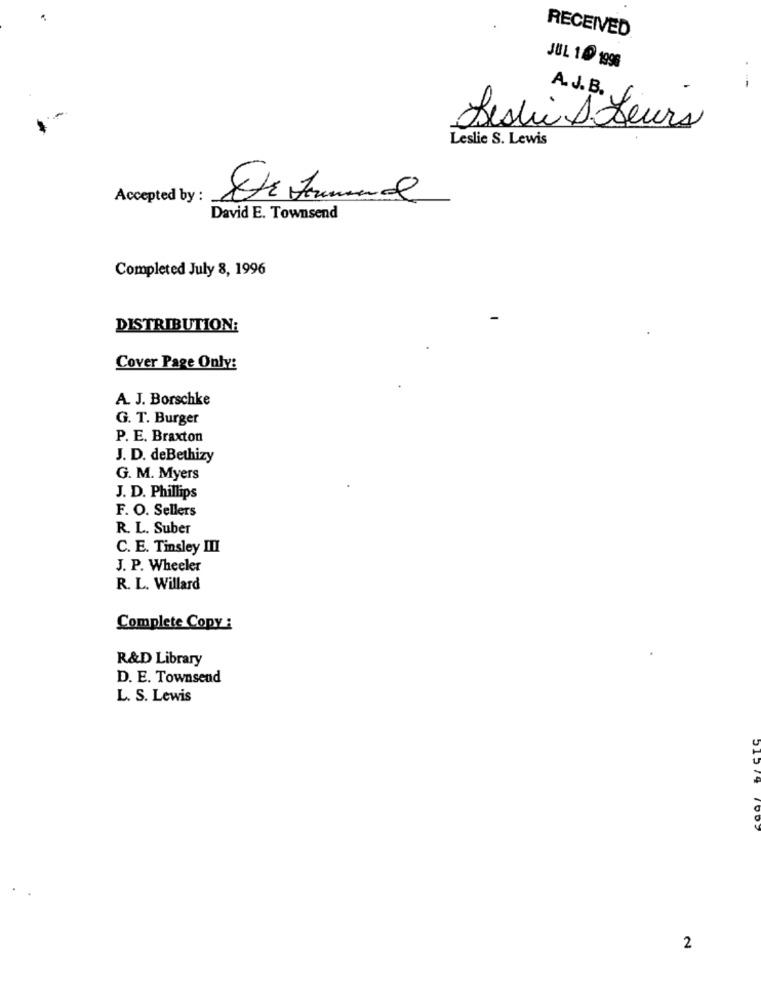
RECEIVED
JUL 1 1996
A.J. B.
Leslie À Leurs
Leslie S. Lewis
Accepted by :
David E. Townsend
Completed July 8, 1996
DISTRIBUTION:
Cover Page Only:
A. J. Borschke
G. T. Burger
P. E. Braxton
J. D. deBethizy
G. M. Myers
J. D. Phillips
F. O. Sellers
R. L. Suber
C. E. Tinsley III
J. P. Wheeler
R. L. Willard
Complete Copy :
R&D Library
D. E. Townsend
L. S. Lewis
2